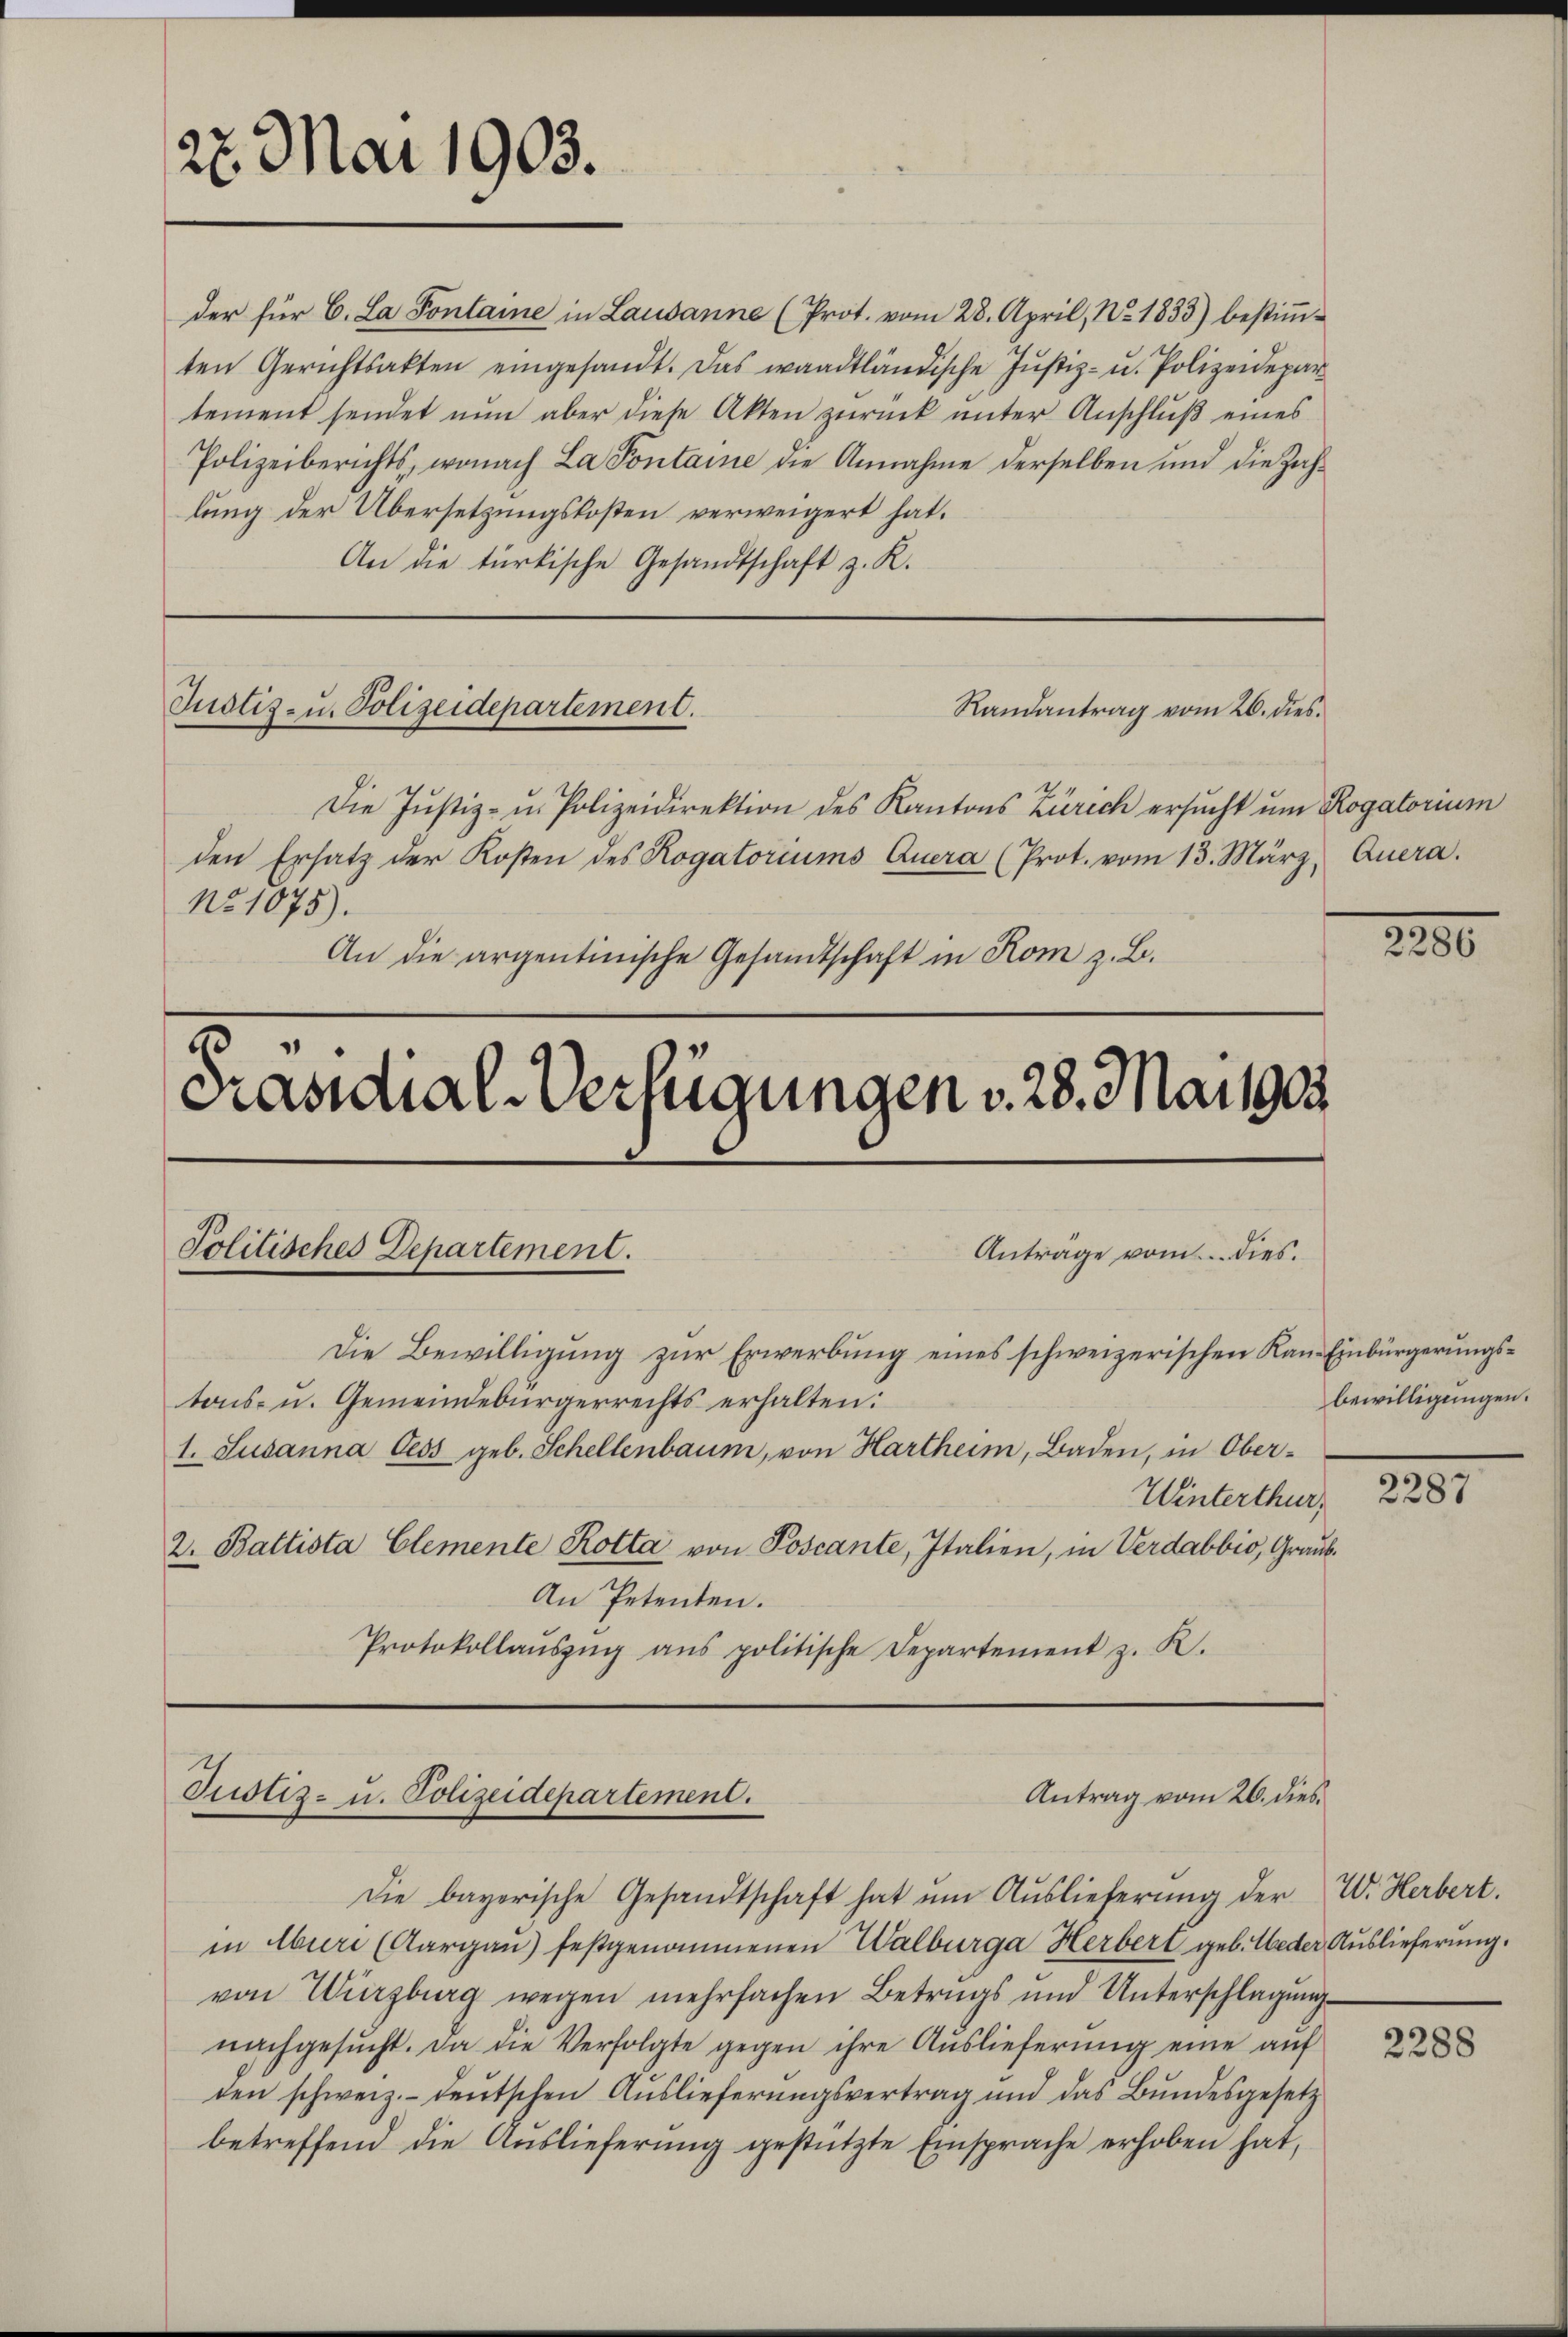
27. Mai 1903.

der für C. La Pontaine in Lausanne (Prot. vom 28. April, No. 1833) bestiṁ-
ten Gerichtsakten eingesandt. Das waadtländische Justiz- u. Polizeidepar
tement sendet nun aber diese Akten zurück unter Anschluß eines
Polizeiberichts, wonach La Pontaine die Annahme derselben und die Zahlung der Übersetzungskosten verweigert hat.
An die türkische Gesandtschaft z. K.

Justiz- u. Polizeidepartement.

.
Präsidial-Verfügungen v. 28. Mai 1903.
Politisches Departement.
Anträge vom dies.
Die Bewilligung zur Erwerbung eines schweizerischen Kan- Einbürgerungstons- u. Gemeindebürgerrechts erhalten:
1. Susanna Cess geb. Schellenbaum, von Hartheim, Baden, in Ober¬
Winterthur    2287
2. Baltista Clemente Rotta von Poscante, Italien, in Verdabbio, Graub¬
An Petenten.
Protokollaŭszŭg ans politische Departement z. K.

Die Justiz- u. Polizeidirektion des Kantons Zürich ersucht um Rogatorium
den Ersatz der Kosten des Rogatoriums Quera (Prot. vom 13. März, Quera.
No 1075).
An die argentinische Gesandtschaft in Rom z. B.

Randantrag vom 26. dies

in Aber (Aargaŭ) festgenommenen Walburga Herbert geb. Weder Auslieferung.
von Würzburg wegen mehrfachen Betrugs und Unterschlagung
nachgesŭcht. Da die Verfolgte gegen ihre Aŭslieferŭng eine aŭf
ten schweiz.- deutschen Auslieferungsvertrag und das Bundesgesetz
betreffend die Auslieferung gestützte Einsprache erhoben hat,

Antrag vom 26. dies
Justiz- u. Polizeidepartement.
Die bayerische Gesandtschaft hat ŭm Aŭslieferŭng der W. Herbert.

2200

bewilligungen.

2288